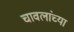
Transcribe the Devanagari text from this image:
चावलांच्या